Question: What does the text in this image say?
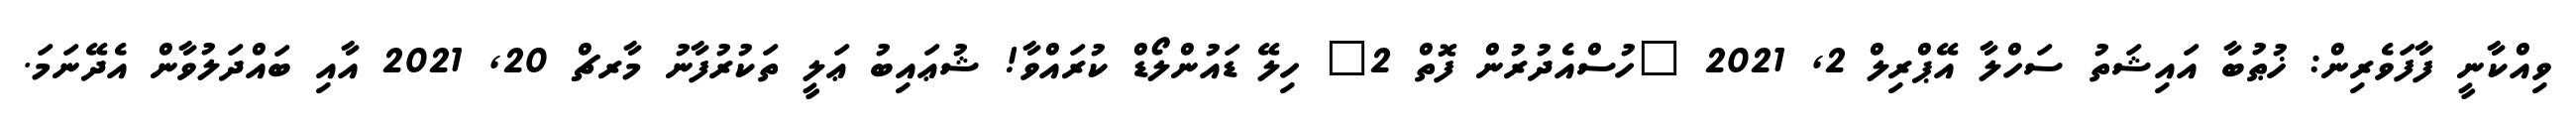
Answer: ވިއްކާނީ ފާފަވެރިން: ޚުޠުބާ އައިޝަތު ސަހްލާ އޭޕްރިލް 2, 2021 "ހުސްއެދުރުން ފޮތް 2" ހިލޭ ޑައުންލޯޑް ކުރައްވާ! ޝުޢައިބު ޢަލީ ތަކުރުފާނު މާރޗް 20, 2021 އާއި ބައްދަލުވާން އެދޭނަމަ.